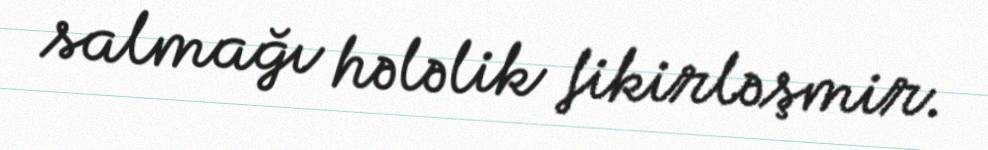
salmağı hələlik fikirləşmir.